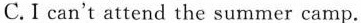
C. I can't attend the summer camp.